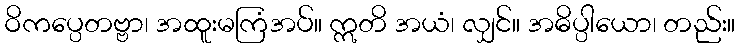
ဝိကပ္ပေတဗ္ဗာ၊ အထူးမကြံအပ်။ ဣတိ အယံ၊ လျှင်။ အဓိပ္ပါယော၊ တည်း။